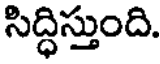
సిద్ధిస్తుంది.